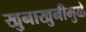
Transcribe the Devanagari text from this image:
खुनाखुनीमुळे